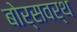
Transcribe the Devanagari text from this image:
बोर्सवर्थ